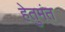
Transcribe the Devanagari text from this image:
हेतुमंत